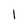
Character: l